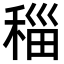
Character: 䅔